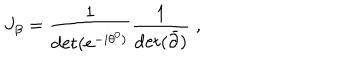
J _ { \beta } = \frac { 1 } { \det ( e ^ { - i \theta ^ { 0 } ) } } \frac { 1 } { \det ( { \bar { \partial } } ) } \; ,